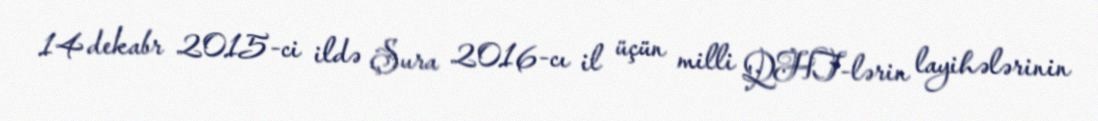
14 dekabr 2015-ci ildə Şura 2016-cı il üçün milli QHT-lərin layihələrinin